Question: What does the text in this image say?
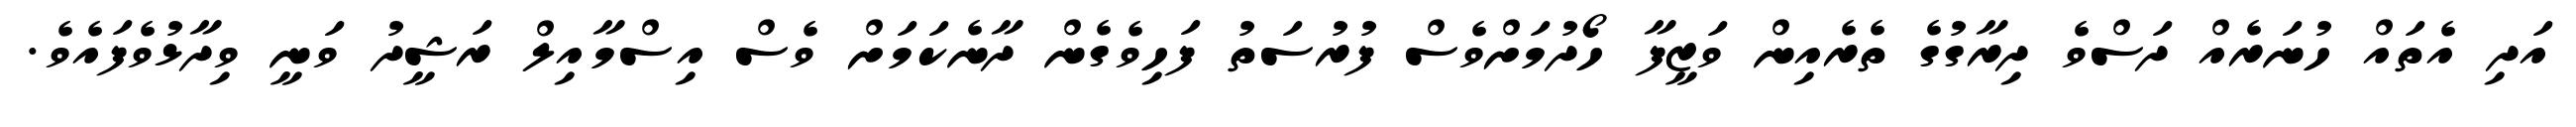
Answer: އަދި އެތައް ހުނަރެއް ދަސްވެ ދިރާގުގެ ތެރެއިން ވަޒީފާ ހޯދުމަށްވެސް ފުރުސަތު ފަހިވެގެން ދާނެކަމަށް ވެސް އިސްމާއިލް ރަޝީދު ވަނީ ވިދާޅުވެފައެވެ.